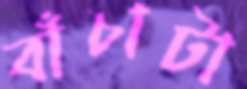
বাঁচাটা